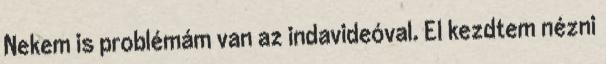
Nekem is problémám van az indavideóval. El kezdtem nézni